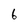
Character: 6